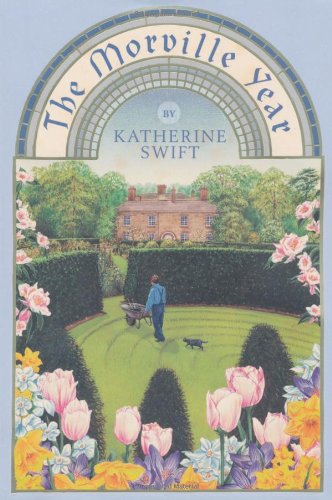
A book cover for The Morville Year; Katherine Swift; Crafts, Hobbies & Home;